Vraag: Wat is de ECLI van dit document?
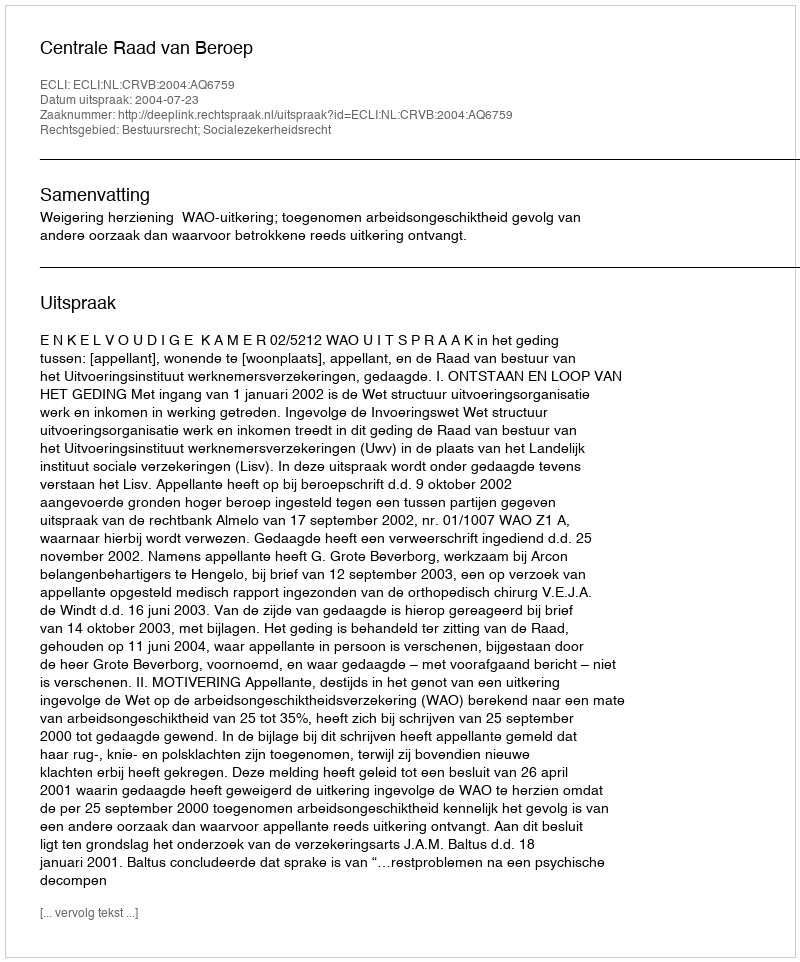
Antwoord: ECLI:NL:CRVB:2004:AQ6759